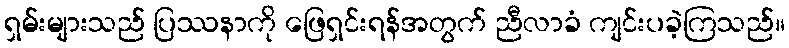
ရှမ်းများသည် ပြဿနာကို ဖြေရှင်းရန်အတွက် ညီလာခံ ကျင်းပခဲ့ကြသည်။